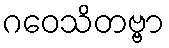
ဂဝေသိတဗ္ဗာ